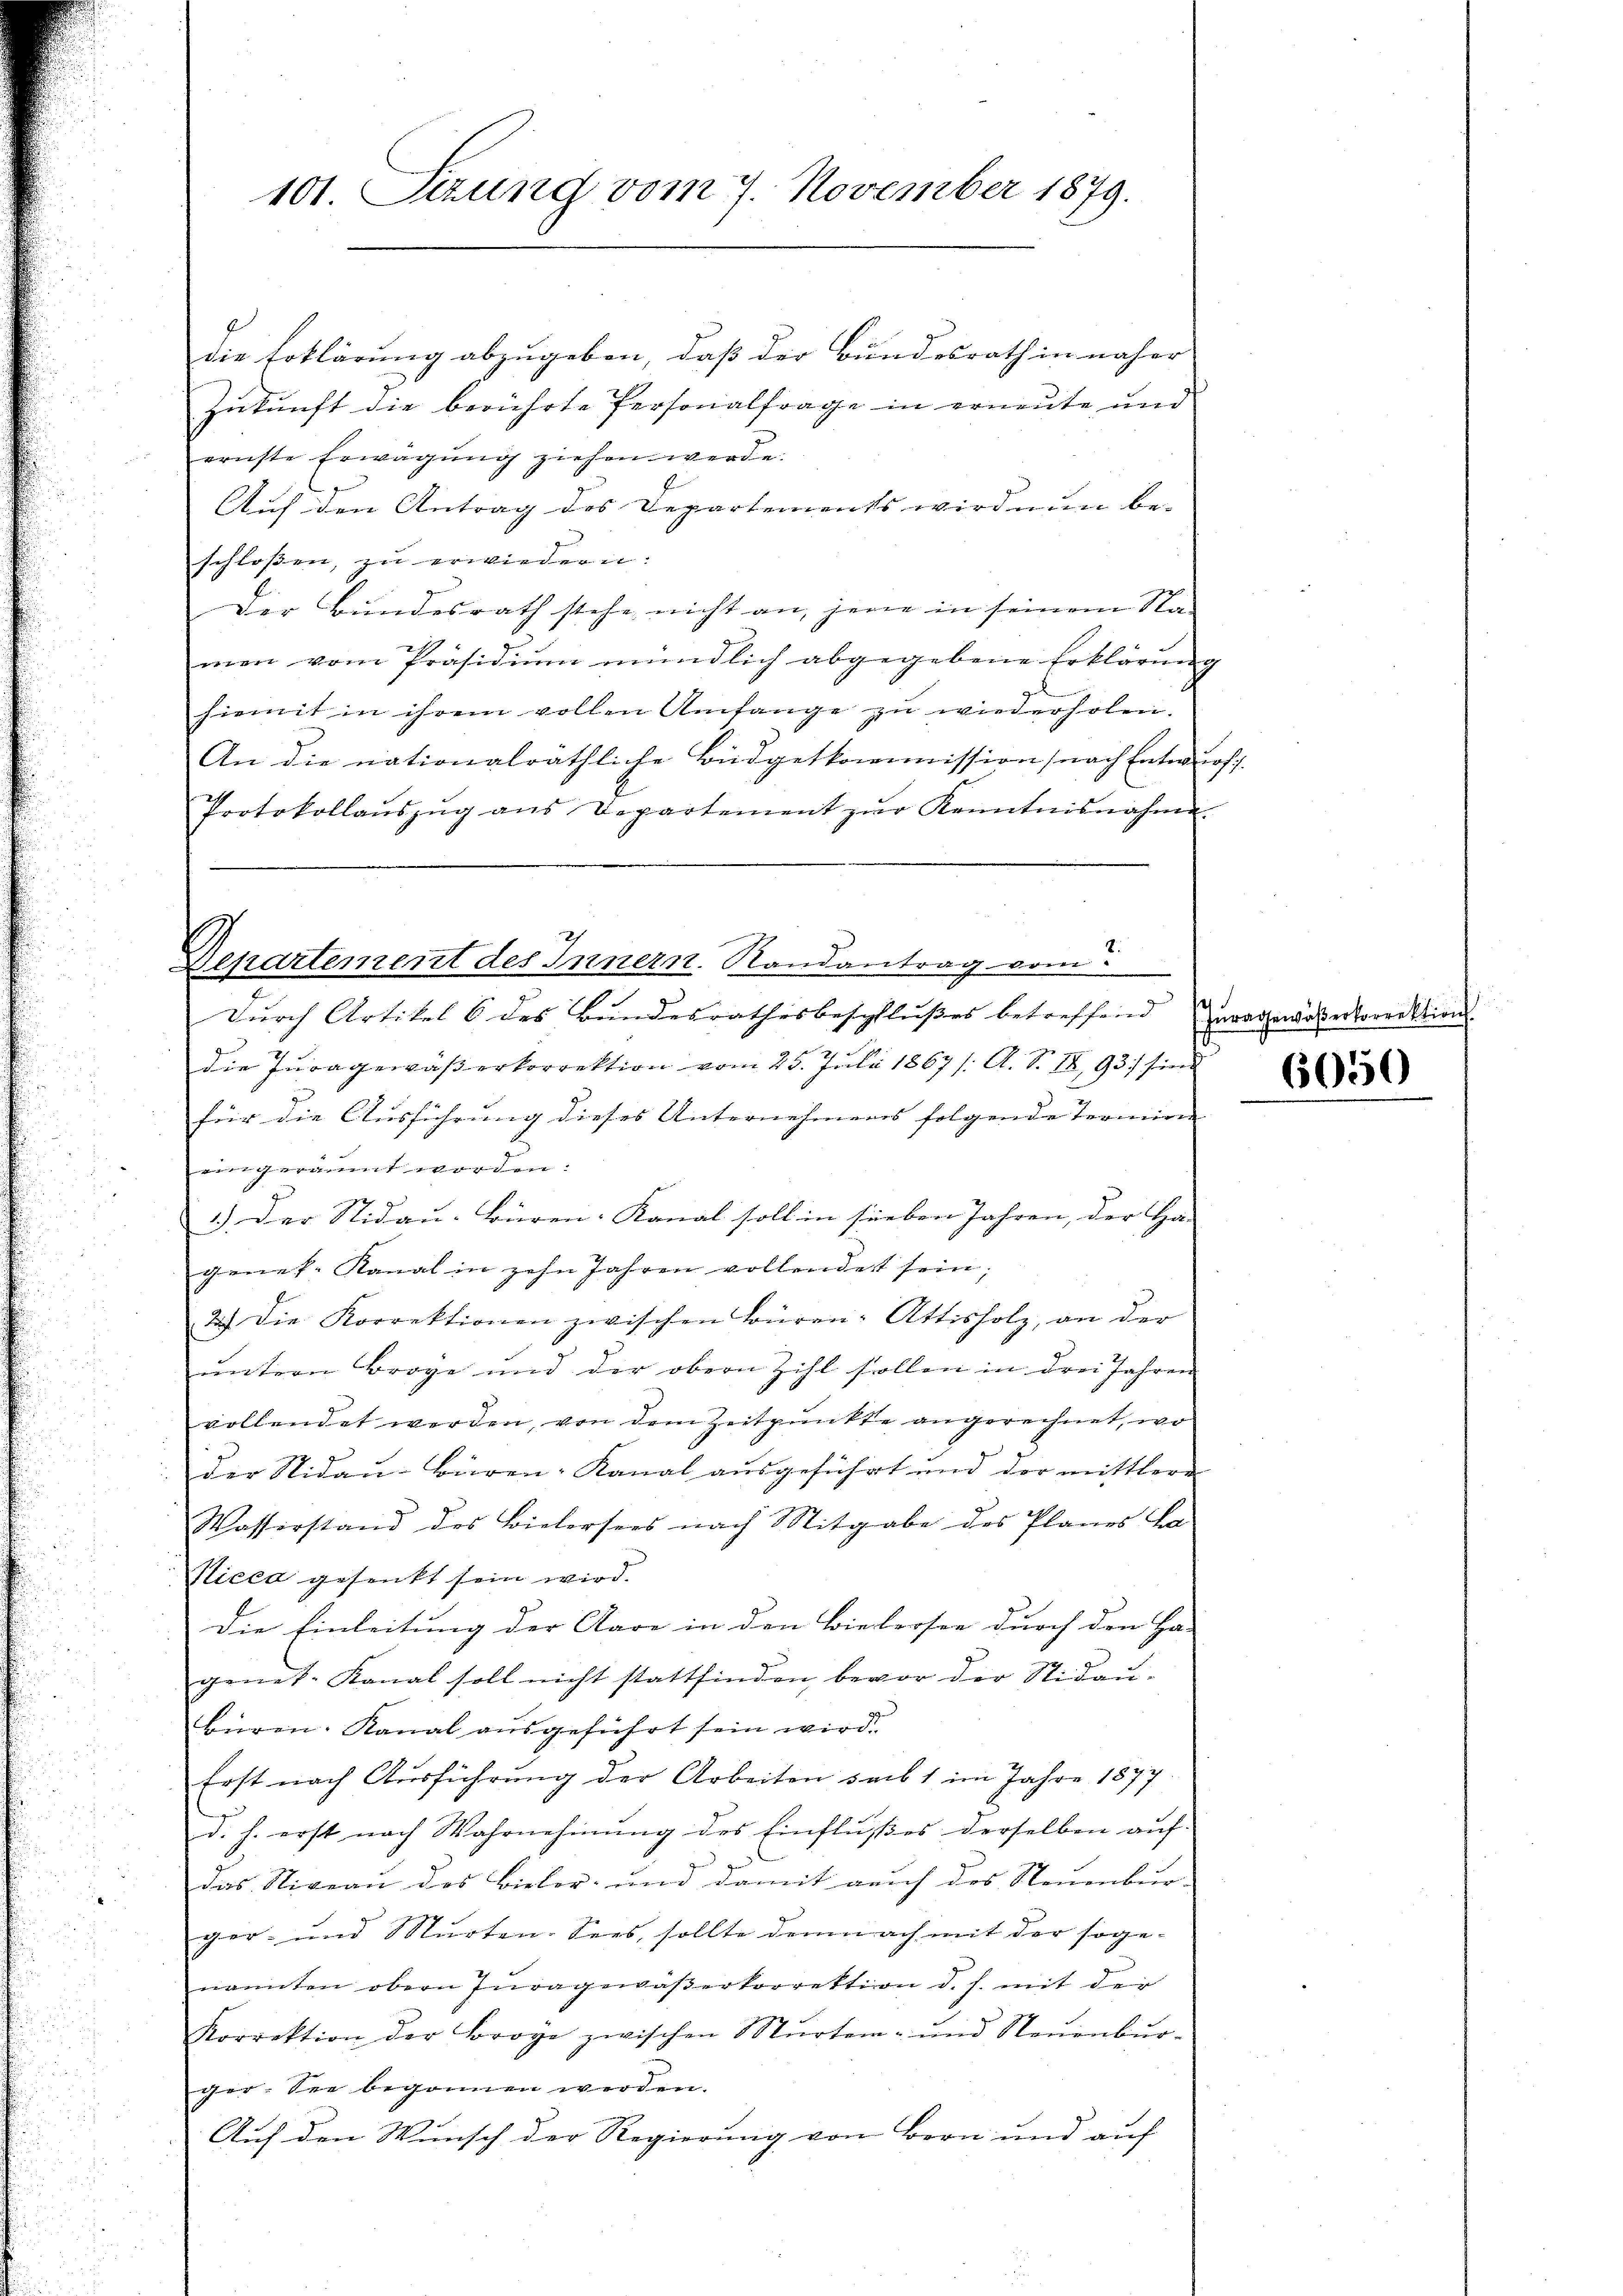
e

101. Sizung vom 7. November 1879.

die Erklärung abzugeben, daß der Bundesrath in näher
Zukunft die berührte Personalfrage in erneute und
ernste Erwägŭng ziehen werde.
Auf den Antrag des Departements wird nun be-
schlossen, zu erwiedern:
Der Bundesrath stehe nicht an, jene in seinem Namen vom Präsidiŭm mündlich abgegebene Erklärung
hiemit in ihrem vollen Umfange zŭ wiederholen.
An die nationalräthliche Büdgetkommission (nach Entwurfs
Protokollaŭszŭg ans Departement zŭr Kenntnisnahme.

Departement des Innern. Randantrag vom

Durch Artikel 6 des Bundesrathesbeschlußes betreffend
die Juragewässerkorrektion vom 25. Juli 1867 /: A. S. IX, 931 sind
für die Ausführung dieses Unternehmens folgende Termine
eingeräumt worden:
1.) Der Nidau-Büren. Kanal soll in sieben Jahren, der Ha- |
geneh-Kanal in zehn Jahren vollendet sein;
2.) Die Korrektionen zwischen Büren-Attisholz, an der
untern Broge und der obern Zihl sollen in drei Jahren
vollendet werden, von dem Zeitpunkte angerechnet, wo
der Nidau-Büren-Kanal ausgeführt und der mittlere
Wasserstand des Bielersees nach Mitgabe des Planes La-
Nicca gesenkt sein wird.
Die Einleitung der Aare in den Bielersee durch den Ha-
genet-Kanal soll nicht stattfinden, bevor der Nidau-
Büren. Kanal ausgeführt sein wird.
Erst nach Ausführŭng der Arbeiten sub 1 im Jahre 1877
d. h. erst nach Wahrnehmung des Einflußes derselben auf-
das Niveau des Bieler- und damit auch des Neuenbur-
ger- und Murten. Sees, sollte demnach mit der soge-
nannten obern Invagewäβerkorrektion d. h. mit der
Korrektion der Broge zwischen Murten- und Neuenbŭr-
ger-See begonnen werden.
Auf den Wunsch der Regierung von Bern und auf

Zuragewäßerkorrektion.